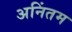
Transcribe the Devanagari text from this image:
अनिंतम